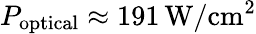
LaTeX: P_{\mathrm{optical}}\approx 191\, \mathrm{W}/\mathrm{cm^{2}}